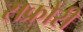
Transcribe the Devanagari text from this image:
सक्रोरी